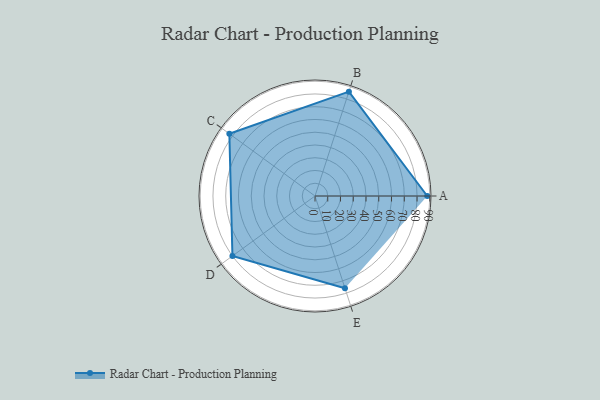
{"axis": {"x": "Skill", "y": "Score"}, "legend": ["Profile"], "data": [{"x": "A", "y": 88.0, "type": "Profile"}, {"x": "B", "y": 86.0, "type": "Profile"}, {"x": "C", "y": 83.0, "type": "Profile"}, {"x": "D", "y": 80.0, "type": "Profile"}, {"x": "E", "y": 76.0, "type": "Profile"}]}